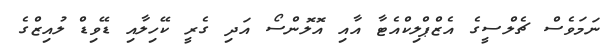
ނަމަވެސް ޗެލްސީގެ އެޒްޕްލިކްއެޓާ އާއި އޮލޮންސޯ އަދި ގެރީ ކޭހިލާއި ޑޭވިޑް ލުއިޒްގެ